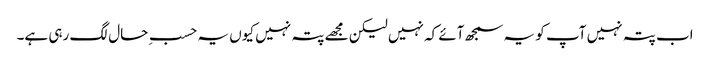
اب پتہ نہیں آپ کو یہ سمجھ آئے کہ نہیں لیکن مجھے پتہ نہیں کیوں یہ حسبِ حال لگ رہی ہے۔